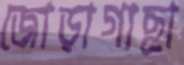
জোড়াগাছা